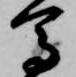
馬